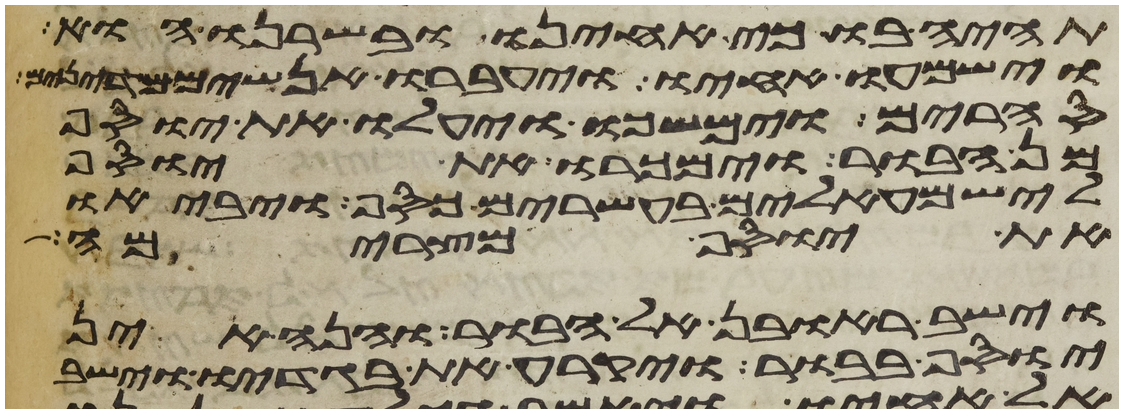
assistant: תהיה בו כי אחינו ובשרנו הוא
וישמעו אחיו ויעברו אנשים מדינים
סחרים וימשכו ויעלו את יוסף
מן הבור וימכרו את יוסף
לישמעאלים בעשרים כסף ויביאו
את יוסף מצרימה
וישב ראובן אל הבור והנה אין
יוסף בבור ויקרע את בגדיו וישב